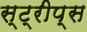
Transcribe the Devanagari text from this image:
स्ट्रीप्स